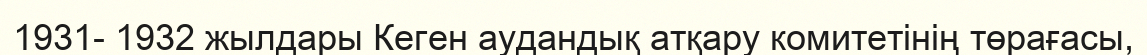
1931- 1932 жылдары Кеген аудандық атқару комитетінің төрағасы,